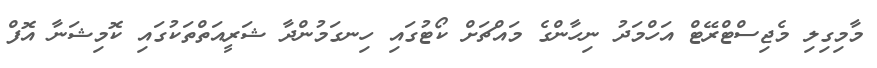
މާމިގިލި މެޖިސްޓްރޭޓް އަހްމަދު ނިހާންގެ މައްޗަށް ކޯޓުގައި ހިނގަމުންދާ ޝަރީއަތްތަކުގައި ކޮމިޝަނާ އޮފް